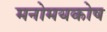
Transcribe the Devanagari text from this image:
मनोमयकोष